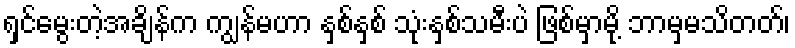
ရှင်မွေးတဲ့အချိန်က ကျွန်မဟာ နှစ်နှစ် သုံးနှစ်သမီးပဲ ဖြစ်မှာမို့ ဘာမှမသိတတ်၊